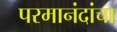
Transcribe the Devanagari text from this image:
परमानंदांचा